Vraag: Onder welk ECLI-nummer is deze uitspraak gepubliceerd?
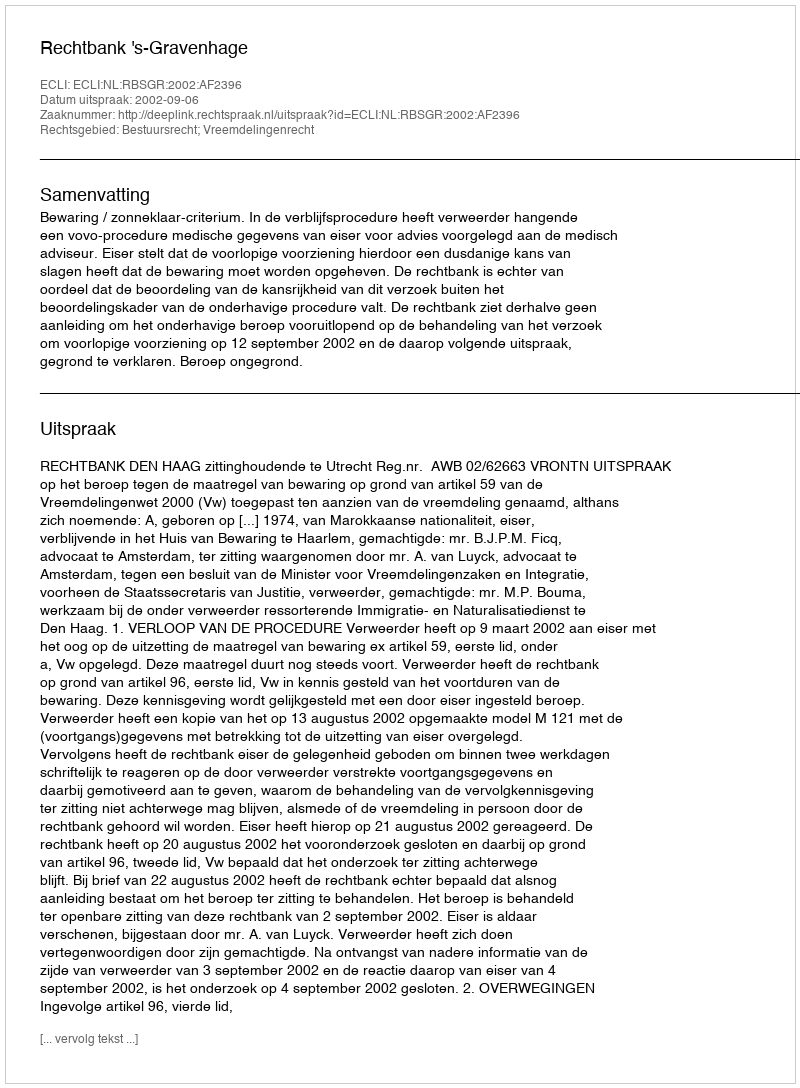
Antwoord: ECLI:NL:RBSGR:2002:AF2396